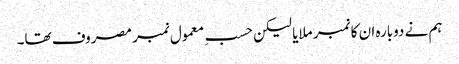
ہم نے دوبارہ ان کا نمبر ملایا لیکن حسبِ معمول نمبر مصروف تھا۔